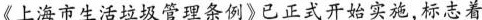
《上海市生活垃圾管理条例》已正式开始实施，标志着